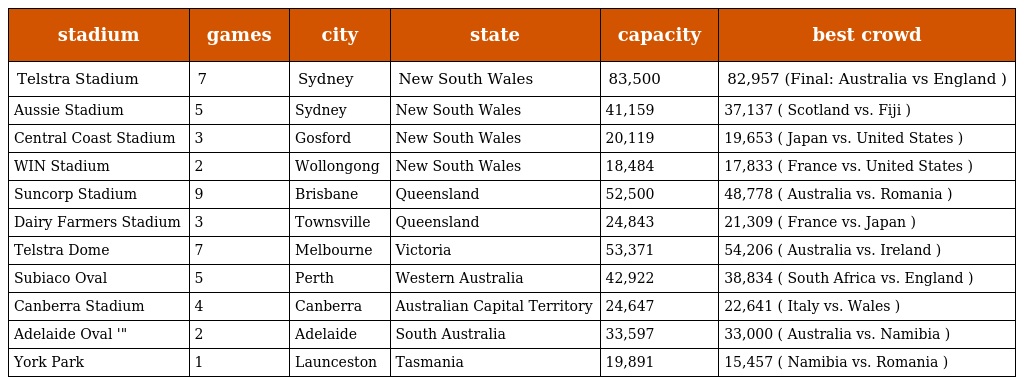
| stadium | games | city | state | capacity | best crowd |
 | --- | --- | --- | --- | --- | --- |
 | Telstra Stadium | 7 | Sydney | New South Wales | 83,500 | 82,957 (Final: Australia vs England ) |
 | Aussie Stadium | 5 | Sydney | New South Wales | 41,159 | 37,137 ( Scotland vs. Fiji ) |
 | Central Coast Stadium | 3 | Gosford | New South Wales | 20,119 | 19,653 ( Japan vs. United States ) |
 | WIN Stadium | 2 | Wollongong | New South Wales | 18,484 | 17,833 ( France vs. United States ) |
 | Suncorp Stadium | 9 | Brisbane | Queensland | 52,500 | 48,778 ( Australia vs. Romania ) |
 | Dairy Farmers Stadium | 3 | Townsville | Queensland | 24,843 | 21,309 ( France vs. Japan ) |
 | Telstra Dome | 7 | Melbourne | Victoria | 53,371 | 54,206 ( Australia vs. Ireland ) |
 | Subiaco Oval | 5 | Perth | Western Australia | 42,922 | 38,834 ( South Africa vs. England ) |
 | Canberra Stadium | 4 | Canberra | Australian Capital Territory | 24,647 | 22,641 ( Italy vs. Wales ) |
 | Adelaide Oval '" | 2 | Adelaide | South Australia | 33,597 | 33,000 ( Australia vs. Namibia ) |
 | York Park | 1 | Launceston | Tasmania | 19,891 | 15,457 ( Namibia vs. Romania ) |